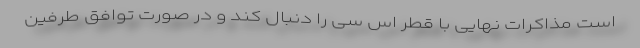
است مذاکرات نهایی با قطر اس سی را دنبال کند و در صورت توافق طرفین